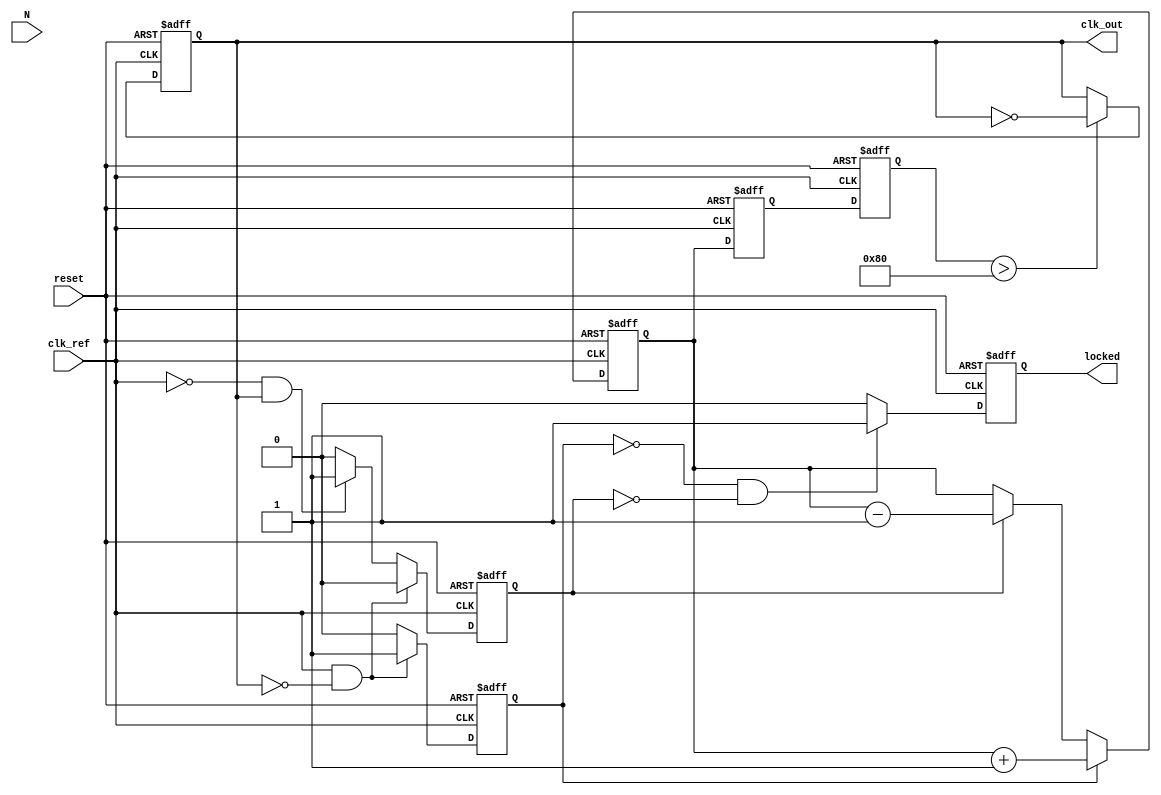
module integer_n_pll (
    input wire clk_ref,          // Reference clock input
    input wire reset,            // Reset signal
    input wire [3:0] N,          // Division factor (N)
    output reg clk_out,          // Output clock
    output reg locked            // Lock status
);

    // Internal signals
    reg up, down;
    wire phase_detected;
    reg [7:0] charge_pump_output; // Control voltage from charge pump
    reg [7:0] loop_filter_output;  // Output of the loop filter
    reg [7:0] vco_freq;            // VCO frequency control
    reg [3:0] divider_count;       // Divider counter
    reg [3:0] clk_div;             // Divided clock output

    // Phase Frequency Detector (PFD)
    always @(posedge clk_ref or posedge reset) begin
        if (reset) begin
            up <= 0;
            down <= 0;
        end else begin
            // Example phase comparison logic
            // This is simplified and would require a proper implementation
            if (clk_ref && !clk_out) begin
                up <= 1;
                down <= 0;
            end else if (!clk_ref && clk_out) begin
                up <= 0;
                down <= 1;
            end else begin
                up <= 0;
                down <= 0;
            end
        end
    end

    // Charge Pump (CP)
    always @(posedge clk_ref or posedge reset) begin
        if (reset) begin
            charge_pump_output <= 8'b0;
        end else begin
            if (up) begin
                charge_pump_output <= charge_pump_output + 1;
            end else if (down) begin
                charge_pump_output <= charge_pump_output - 1;
            end
        end
    end

    // Loop Filter (LF) - Simple Integrator
    always @(posedge clk_ref or posedge reset) begin
        if (reset) begin
            loop_filter_output <= 8'b0;
        end else begin
            loop_filter_output <= charge_pump_output; // Simple direct mapping for now
        end
    end

    // Voltage-Controlled Oscillator (VCO)
    always @(posedge clk_ref or posedge reset) begin
        if (reset) begin
            vco_freq <= 8'b0;
            clk_out <= 0;
        end else begin
            vco_freq <= loop_filter_output; // Control frequency based on the filter output
            // Generate a clock signal based on VCO frequency
            // This is a simplified example; actual implementation would vary
            if (vco_freq > 128) begin
                clk_out <= ~clk_out;
            end
        end
    end

    // Divider (N-divider)
    always @(posedge clk_out or posedge reset) begin
        if (reset) begin
            divider_count <= 0;
            clk_div <= 0;
        end else begin
            if (divider_count == N - 1) begin
                clk_div <= ~clk_div;
                divider_count <= 0;
            end else begin
                divider_count <= divider_count + 1;
            end
        end
    end

    // Lock detection logic
    always @(posedge clk_ref or posedge reset) begin
        if (reset) begin
            locked <= 0;
        end else begin
            // Implement a simple lock detection mechanism
            if (up == 0 && down == 0) begin
                locked <= 1; // PLL is locked
            end else begin
                locked <= 0; // PLL is not locked
            end
        end
    end

endmodule